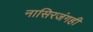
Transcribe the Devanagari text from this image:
नासिरजंगही